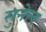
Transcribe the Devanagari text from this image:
सुनेल